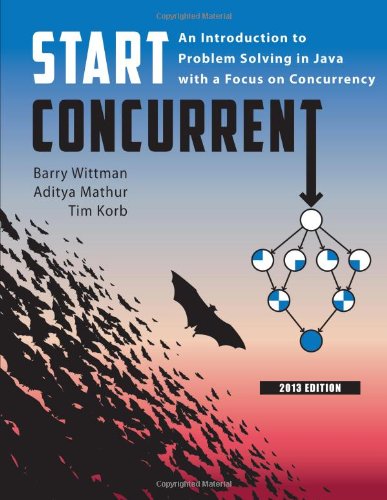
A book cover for Start Concurrent: An Introduction to Problem Solving in Java with a Focus on Concurrency, 2013 Edition; Barry Wittman; Computers & Technology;